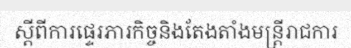
ស្តីពីការផ្ទេរភារកិច្ចនិងតែងតាំងមន្ត្រីរាជការ